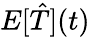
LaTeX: E[\hat{T}](t)